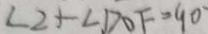
\angle 2 + \angle D O F = 9 0 ^ { \circ }